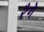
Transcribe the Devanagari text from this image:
रैगे